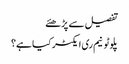
تفصیل سے پڑھئے
پلوٹونیم ری ایکٹر کیا ہے؟